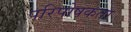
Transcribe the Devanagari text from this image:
परिपोषकता